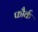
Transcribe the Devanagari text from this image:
फौर्क